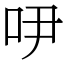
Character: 吚